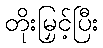
တိုးမြှင့်ပြီး